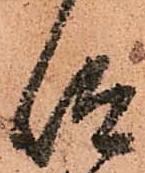
仰